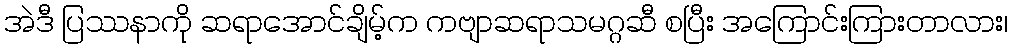
အဲဒီ ပြဿနာကို ဆရာအောင်ချိမ့်က ကဗျာဆရာသမဂ္ဂဆီ စပြီး အကြောင်းကြားတာလား၊